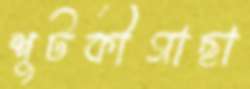
শুটকীগাছা